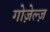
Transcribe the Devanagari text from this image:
गोज़ेल्ज़